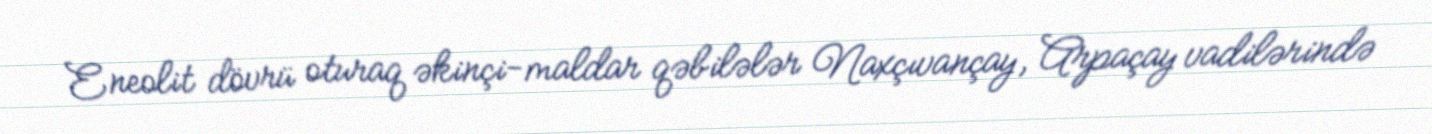
Eneolit dövrü oturaq əkinçi-maldar qəbilələr Naxçıvançay, Arpaçay vadilərində